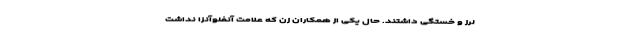
لرز و خستگی داشتند. حال یکی از همکاران زن که علامت آنفلوآنزا نداشت